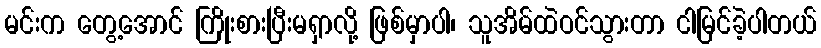
မင်းက တွေ့အောင် ကြိုးစားပြီးမရှာလို့ ဖြစ်မှာပါ၊ သူအိမ်ထဲဝင်သွားတာ ငါမြင်ခဲ့ပါတယ်